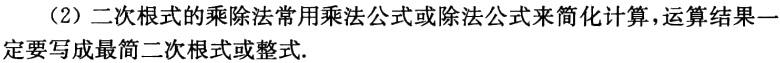
（2）二次根式的乘除法常用乘法公式或除法公式来简化计算，运算结果一定要写成最简二次根式或整式.